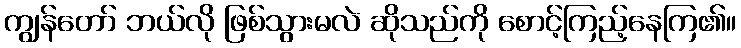
ကျွန်တော် ဘယ်လို ဖြစ်သွားမလဲ ဆိုသည်ကို စောင့်ကြည့်နေကြ၏။